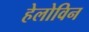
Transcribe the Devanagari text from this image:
हेलोविन